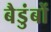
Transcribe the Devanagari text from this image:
बैडुंबों